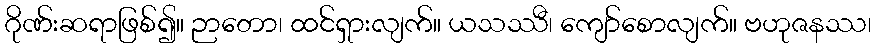
ဂိုဏ်းဆရာဖြစ်၍။ ဉာတော၊ ထင်ရှားလျက်။ ယသဿီ၊ ကျော်စောလျက်။ ဗဟုဇနဿ၊